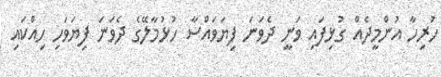
ހުރިހާ އުންމީދެއް ގުޅިފައި ވަނީ ދެވަނަ ފިޔަވައްސާ ހުޅުމާލޭގެ ދެވަނަ ފިޔަވަހި ހިއްކައި